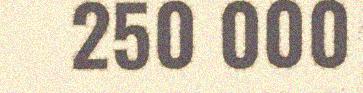
250 000